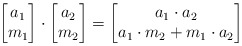
\begin{align*}\begin{bmatrix}a_1 \\m_1\end{bmatrix}\cdot \begin{bmatrix}a_2 \\m_2\end{bmatrix} =\begin{bmatrix}a_1 \cdot a_2\\a_1 \cdot m_2 + m_1\cdot a_2\end{bmatrix}\end{align*}